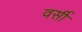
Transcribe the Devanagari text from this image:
वर्सी